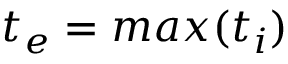
t _ { e } = m a x ( t _ { i } )